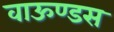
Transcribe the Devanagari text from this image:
वाऊण्डस